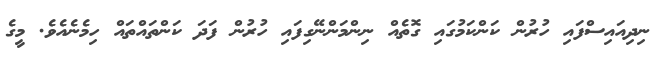
ނިދިއައިސްފައި ހުރުން ކަންކަމުގައި ގޮތެއް ނިންމަންނޭގިފައި ހުރުން ފަދަ ކަންތައްތައް ހިމެނެއެވެ. މީގެ